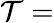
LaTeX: \mathcal{T}=